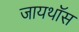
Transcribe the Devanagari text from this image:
जायथॉस